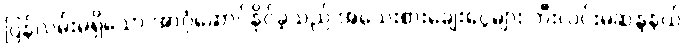
ပြန်လမ်းမရှိသော အာဂုံဆောင်နိုင်ခဲ့သည် အသေးစားချေးငွေများ ဘီးလင်းမဲဆန္ဒနယ်